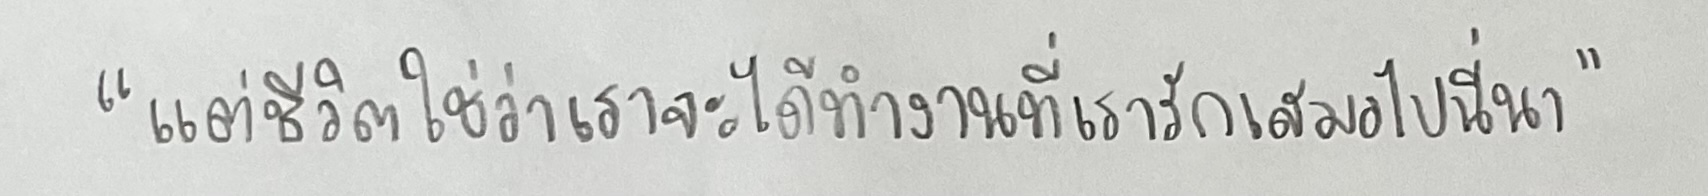
"แต่ชีวิตใช่ว่าเราจะได้ทำงานที่เรารักเสมอไปนี่นา"